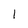
Character: I